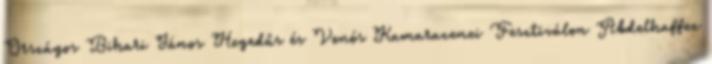
Országos Bihari János Hegedűs és Vonós Kamarazenei Fesztiválon Abdelhaffez